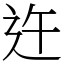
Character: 迕